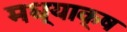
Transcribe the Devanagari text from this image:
मध्याक्ष